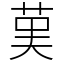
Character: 𦰩